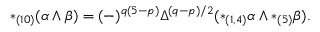
* _ { ( 1 0 ) } ( \alpha \wedge \beta ) = ( - ) ^ { q ( 5 - p ) } \Delta ^ { ( q - p ) / 2 } ( * _ { ( 1 , 4 ) } \alpha \wedge * _ { ( 5 ) } \beta ) .